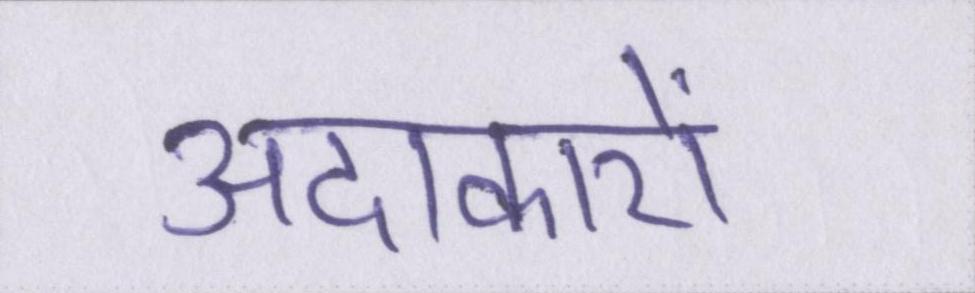
अदाकारों